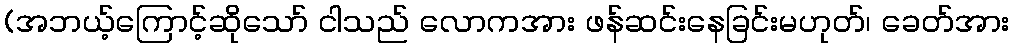
(အဘယ့်ကြောင့်ဆိုသော် ငါသည် လောကအား ဖန်ဆင်းနေခြင်းမဟုတ်၊ ခေတ်အား